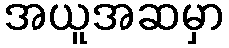
အယူအဆမှာ